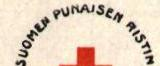
SUOMEN PUNAISEN RISTIN